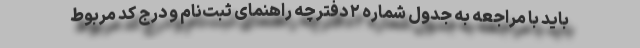
باید با مراجعه به جدول شماره ۲ دفترچه راهنمای ثبت‌نام و درج کد مربوط